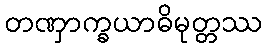
တဏှာက္ခယာဓိမုတ္တဿ